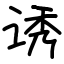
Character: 诱